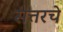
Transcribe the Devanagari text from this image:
सत्तरचे